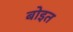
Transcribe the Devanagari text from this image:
बोइत